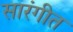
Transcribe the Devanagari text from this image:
सारंगीत